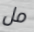
مل